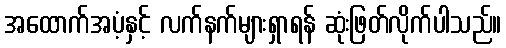
အထောက်အပံ့နှင့် လက်နက်များရှာရန် ဆုံးဖြတ်လိုက်ပါသည်။